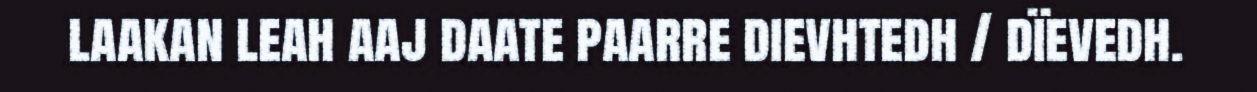
laakan leah aaj daate paarre dievhtedh / dïevedh.